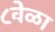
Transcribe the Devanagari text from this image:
८वेळा